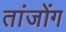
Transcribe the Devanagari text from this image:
तांजोंग